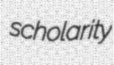
scholarity